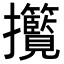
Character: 𢺮